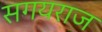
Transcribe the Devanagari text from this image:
सगयराज